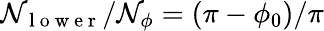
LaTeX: \mathcal{N}_{\mathrm{{~l~o~w~e~r~}}}/\mathcal{N}_{\phi}=(\pi-\phi_{0})/\pi